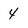
Character: 4